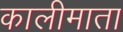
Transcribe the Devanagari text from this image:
कालीमाता